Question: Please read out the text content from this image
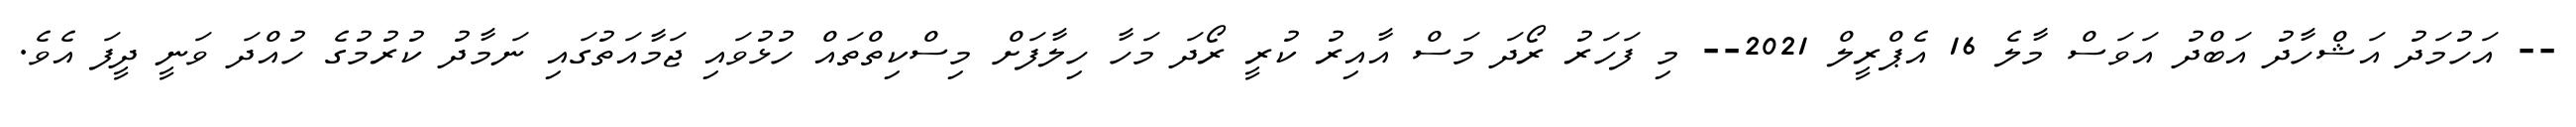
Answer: -- އަހުމަދު އަޝްހާދު އަބްދު އަވަސް މާލެ 16 އެޕްރީލް 2021-- މި ފަހަރު ރޯދަ މަސް އާއިރު ކުރީ ރޯދަ މަހާ ހިލާފަށް މިސްކިތްތައް ހުޅުވައި ޖަމާއަތުގައި ނަމާދު ކުރުމުގެ ހުއްދަ ވަނީ ދީފަ އެވެ.